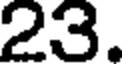
23.